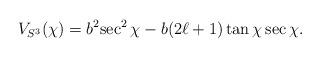
LaTeX: \begin{align*}V_{S^3}(\chi)=b^2{\sec ^2\chi} -b(2 \ell+1)\tan\chi \sec\chi.\end{align*}